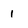
Character: 1